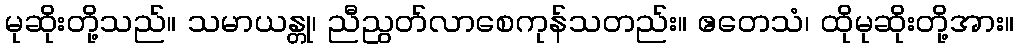
မုဆိုးတို့သည်။ သမာယန္တု၊ ညီညွတ်လာစေကုန်သတည်း။ ဧတေသံ၊ ထိုမုဆိုးတို့အား။